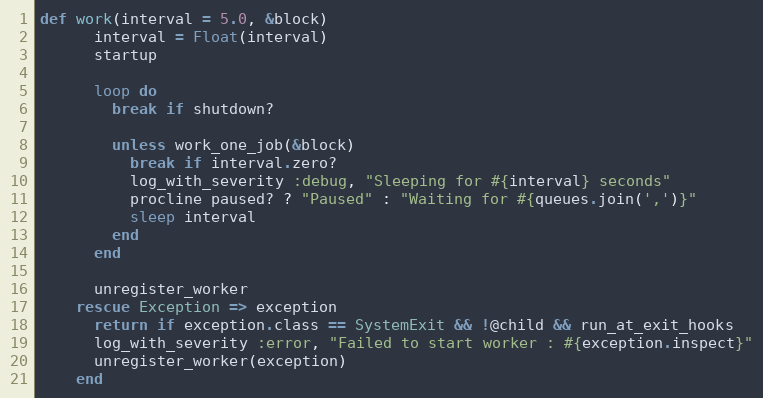
Language: Ruby
def work(interval = 5.0, &block)
      interval = Float(interval)
      startup

      loop do
        break if shutdown?

        unless work_one_job(&block)
          break if interval.zero?
          log_with_severity :debug, "Sleeping for #{interval} seconds"
          procline paused? ? "Paused" : "Waiting for #{queues.join(',')}"
          sleep interval
        end
      end

      unregister_worker
    rescue Exception => exception
      return if exception.class == SystemExit && !@child && run_at_exit_hooks
      log_with_severity :error, "Failed to start worker : #{exception.inspect}"
      unregister_worker(exception)
    end